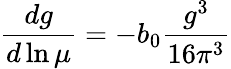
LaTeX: \frac{dg}{d\ln\mu}=-b_{0}\frac{g^{3}}{16\pi^{3}}